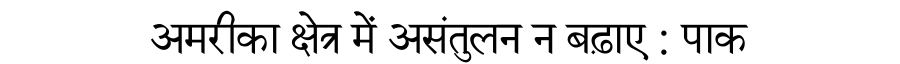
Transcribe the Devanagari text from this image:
अमरीका क्षेत्र में असंतुलन न बढ़ाए : पाक